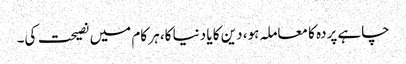
چاہے پردہ کا معاملہ ہو، دین کا یا دنیا کا، ہر کام میں نصیحت کی۔